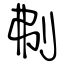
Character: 刜